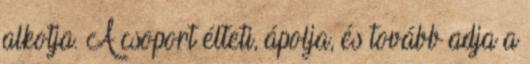
alkotja. A csoport élteti, ápolja, és tovább adja a